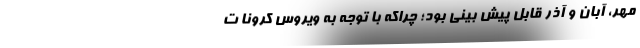
مهر، آبان و آذر قابل پیش بینی بود؛ چراکه با توجه به ویروس کرونا ت